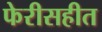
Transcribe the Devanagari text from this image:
फेरीसहीत